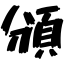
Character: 頒